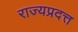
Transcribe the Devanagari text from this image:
राज्यप्रदत्त